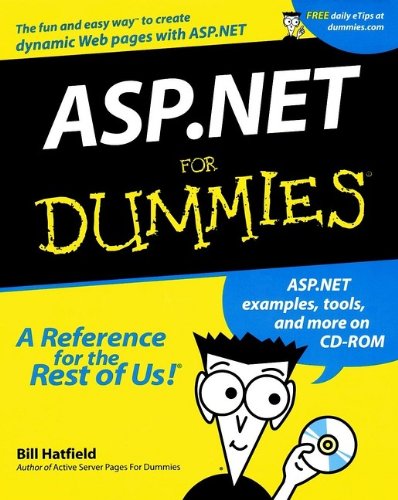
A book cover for ASP.NET For Dummies; Bill Hatfield; Computers & Technology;